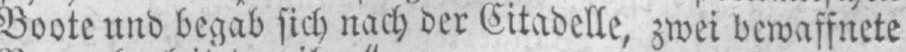
Boote und begab sich nach der Citadelle, zwei bewaffnete